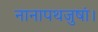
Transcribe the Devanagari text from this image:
नानापथजुषां।